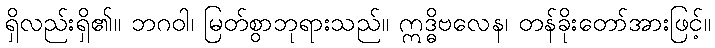
ရှိလည်းရှိ၏။ ဘဂဝါ၊ မြတ်စွာဘုရားသည်။ ဣဒ္ဓိဗလေန၊ တန်ခိုးတော်အားဖြင့်။